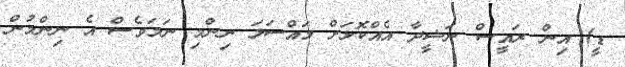
ޑީ) އިން ރައީސް ނަޝީދާ އެއްކޮޅަށް މައްސަލަ ނިންމި ނަމަވެސް އެ ނިންމުން